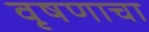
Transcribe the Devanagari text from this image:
वृषणाचा